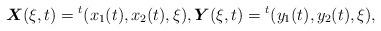
LaTeX: \begin{align*}\mbox{\mathversion{bold}$X$}(\xi ,t)={}^{t}(x_{1}(t),x_{2}(t),\xi ), \mbox{\mathversion{bold}$Y$}(\xi ,t)={}^{t}(y_{1}(t),y_{2}(t),\xi),\end{align*}